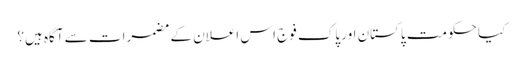
کیا حکومت پاکستان اور پاک فوج اس اعلان کے مضمرات سے آگاہ ہیں؟